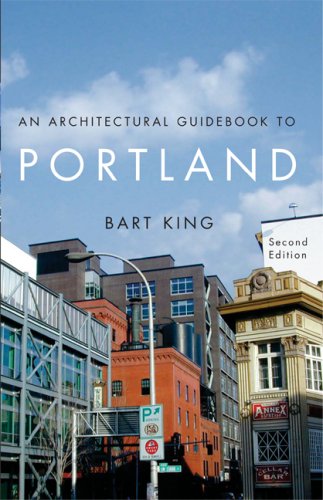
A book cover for An Architectural Guidebook to Portland; Bart King; Travel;